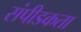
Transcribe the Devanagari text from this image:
संपीडकता